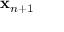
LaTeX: \mathbf { x } _ { n + 1 }